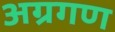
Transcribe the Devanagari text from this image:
अग्रगण